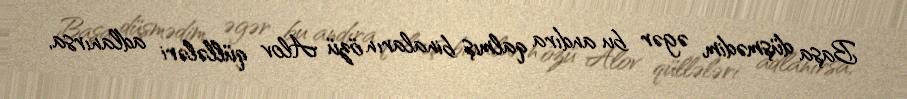
Başa düşmədim, əgər bu andıra qalmış binaların özü Alov qüllələri adlanırsa,